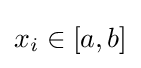
x_{i}\in [a,b]